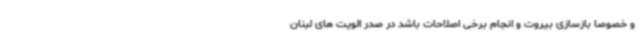
و خصوصا بازسازی بیروت و انجام برخی اصلاحات باشد در صدر الویت های لبنان